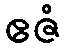
ဧဇံ